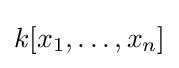
k[x_{1},\dots ,x_{n}]